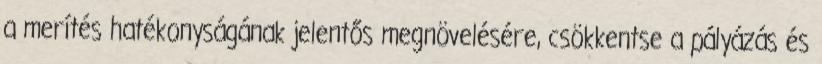
a merítés hatékonyságának jelentős megnövelésére, csökkentse a pályázás és